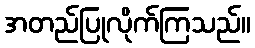
အတည်ပြုလိုက်ကြသည်။